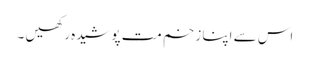
اس سے اپنا زخم مت پوشیدہ رکھیں ۔